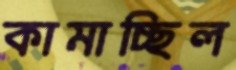
কামাচ্ছিল